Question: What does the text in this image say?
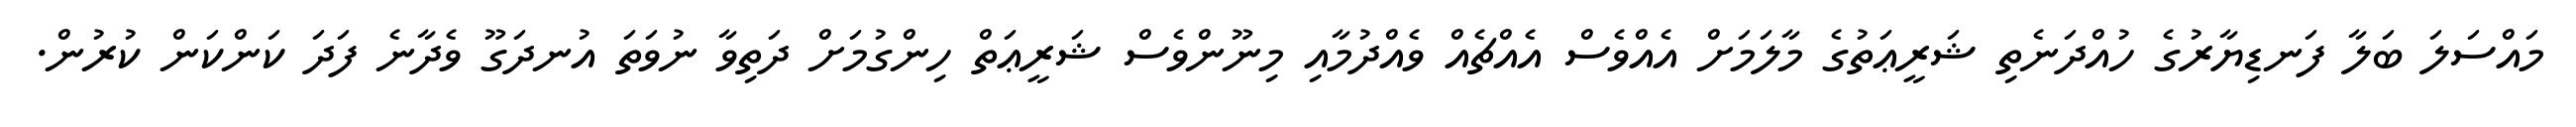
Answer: މައްސަލަ ބަލާ ފަނޑިޔާރުގެ ހުއްދަނެތި ޝަރީޢަތުގެ މާލަމަށް އެއްވެސް އެއްޗެއް ވެއްދުމާއި މިނޫންވެސް ޝަރީޢަތް ހިންގުމަށް ދަތިވާ ނުވަތަ އުނދަގޫ ވެދާނެ ފަދަ ކަންކަން ކުރުން.